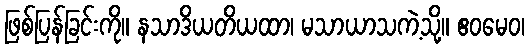
ဖြစ်ပြန်ခြင်းကို။ နသာဒိယတိယထာ၊ မသာယာသကဲ့သို့။ ဧဝမေဝ၊